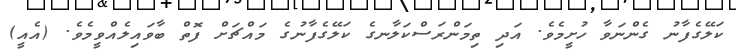
ކަލޭގެފާނު ގެންނަވާ ހުށީމެވެ. އަދި ތިމަންރަސްކަލާނގެ ކަލޭގެފާނުގެ މައްޗަށް ފޮތް ބާވައިލެއްވީމެވެ. (އެއީ)